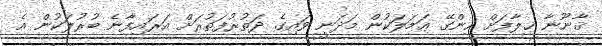
ޤާނޫނާ ޚިލާފަށް ހިންގޭ ޢަމަލަކުން މަދަނީ ވައިގެ ދަތުރުފަތުރަށް އަރައިފާނެ ބުރުލަކުން އެ